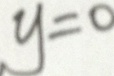
y = 0